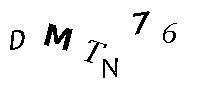
DMTN76